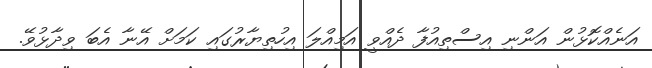
އަނެއްކޮޅުން އަންނި އިސްތިއުފާ ދެއްވީ އަމިއްލަ އިހުތިޔާރުގައި ކަމަށް އޭނާ އެބަ ވިދާޅުވޭ.